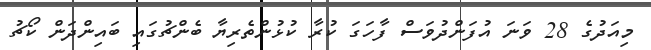
މިއަދުގެ 28 ވަނަ އުފަންދުވަސް ފާހަގަ ކުރާ ކުޅުންތެރިޔާ ބެންޗުގައި ބައިންދަން ކޯޗު